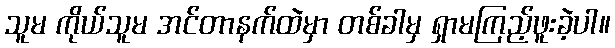
သူမ ကိုယ်သူမ အင်တာနက်ထဲမှာ တစ်ခါမှ ရှာမကြည့်ဖူးခဲ့ပါ။